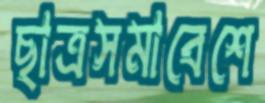
ছাত্রসমাবেশে